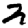
Digit: 2